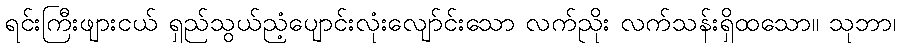
ရင်းကြီးဖျားငယ် ရှည်သွယ်ညံ့ပျောင်းလုံးလျော်င်းသော လက်ညိုး လက်သန်းရှိထသော။ သုဘာ၊